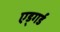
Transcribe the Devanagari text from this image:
एड्गर्ड